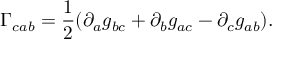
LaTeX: \Gamma _ { c a b } = \frac 1 2 ( \partial _ { a } g _ { b c } + \partial _ { b } g _ { a c } - \partial _ { c } g _ { a b } ) .